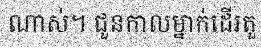
ណាស់។ ជួនកាលម្នាក់ដើរតួ